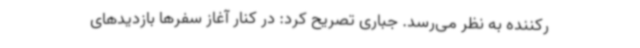
رکننده به نظر می‌رسد. جباری تصریح کرد: در کنار آغاز سفرها بازدیدهای